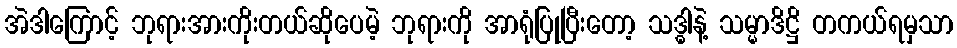
အဲဒါကြောင့် ဘုရားအားကိုးတယ်ဆိုပေမဲ့ ဘုရားကို အာရုံပြုပြီးတော့ သဒ္ဓါနဲ့ သမ္မာဒိဋ္ဌိ တကယ်ရမှသာ